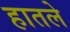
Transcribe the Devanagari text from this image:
हातले